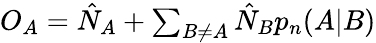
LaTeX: \begin{array}{r}{O_{A}=\hat{N}_{A}+\sum_{B\neq A}\hat{N}_{B}p_{n}(A|B)}\end{array}